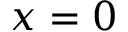
x = 0